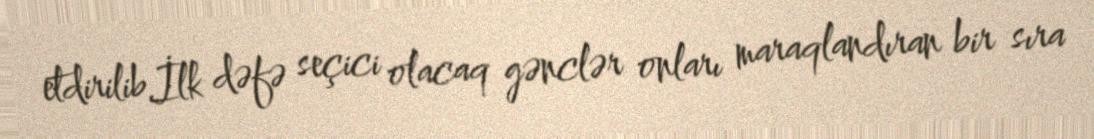
etdirilib.İlk dəfə seçici olacaq gənclər onları maraqlandıran bir sıra